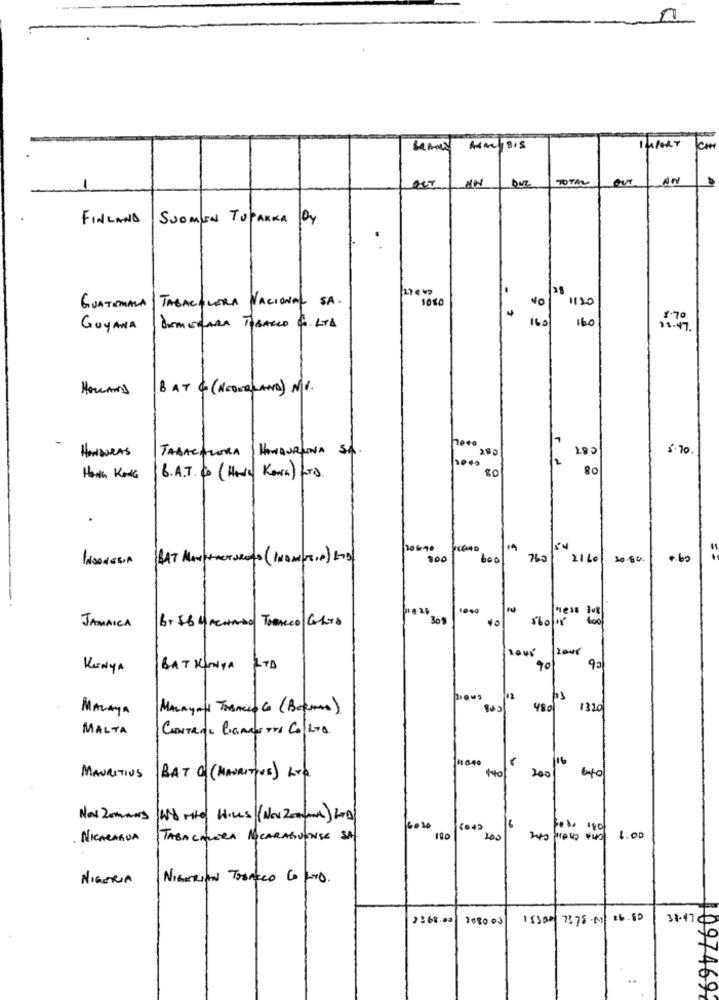
70TAL
AN
FINLAND | SUOMEN TOPAKKA DY
27 € 00
28
GUATEMALA / TABACALERA NACIONAL SA.
1050
1120
160
160
GUYANA
DEMERARA TOBACCO C. LTD
HOLLANDS BAT & (NEDERLAND) MV.
here
C 81
HONDURAS
TABACALERA / HANAURINA SA.
200
5.70.
2000
80
80
Honk KONG
6. A.T. C (HAVE Kona) LTD.
20090
INDONESIA BAT MANUFACTURERS (INDMUSIP) LTD
900
600
760
2110
10.00.
4.60
301
160/11
JAMAICA
6. 56 MACHADO TOBACCO GATO
2008
KerNya
BAT KONYA LTD
90
P3
MALAYA
MALAyato TABACCOCo (Becero)
Bus
480
131
MALTA
CENTRAL CIGARETTA CORTA.
200
MAURITIUS
BAT O (MAURITIUS) LYD
Nov 20mars WO mitd) HILLS (Nov 20manx) LOD)
16020
{042
16
0 180
. NICARAGUA
TABACALERA NOCARAGIVENSE SA
200
1.00
NIGERIA
NIGERIAN TOBACCO CO LTD.
2268.03
1080.00
15300 7375.00/ 26.50
31.47¢